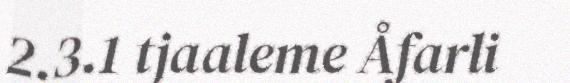
2.3.1 tjaaleme Åfarli